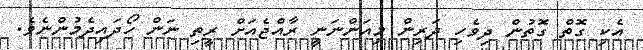
އެކި ގޮތް ގޮތުން ދިވެހި ދަރިން މިއަންނަނީ ރާއްޖެއަށް ރީތި ނަން ހޯދައިދެމުންނެވެ.